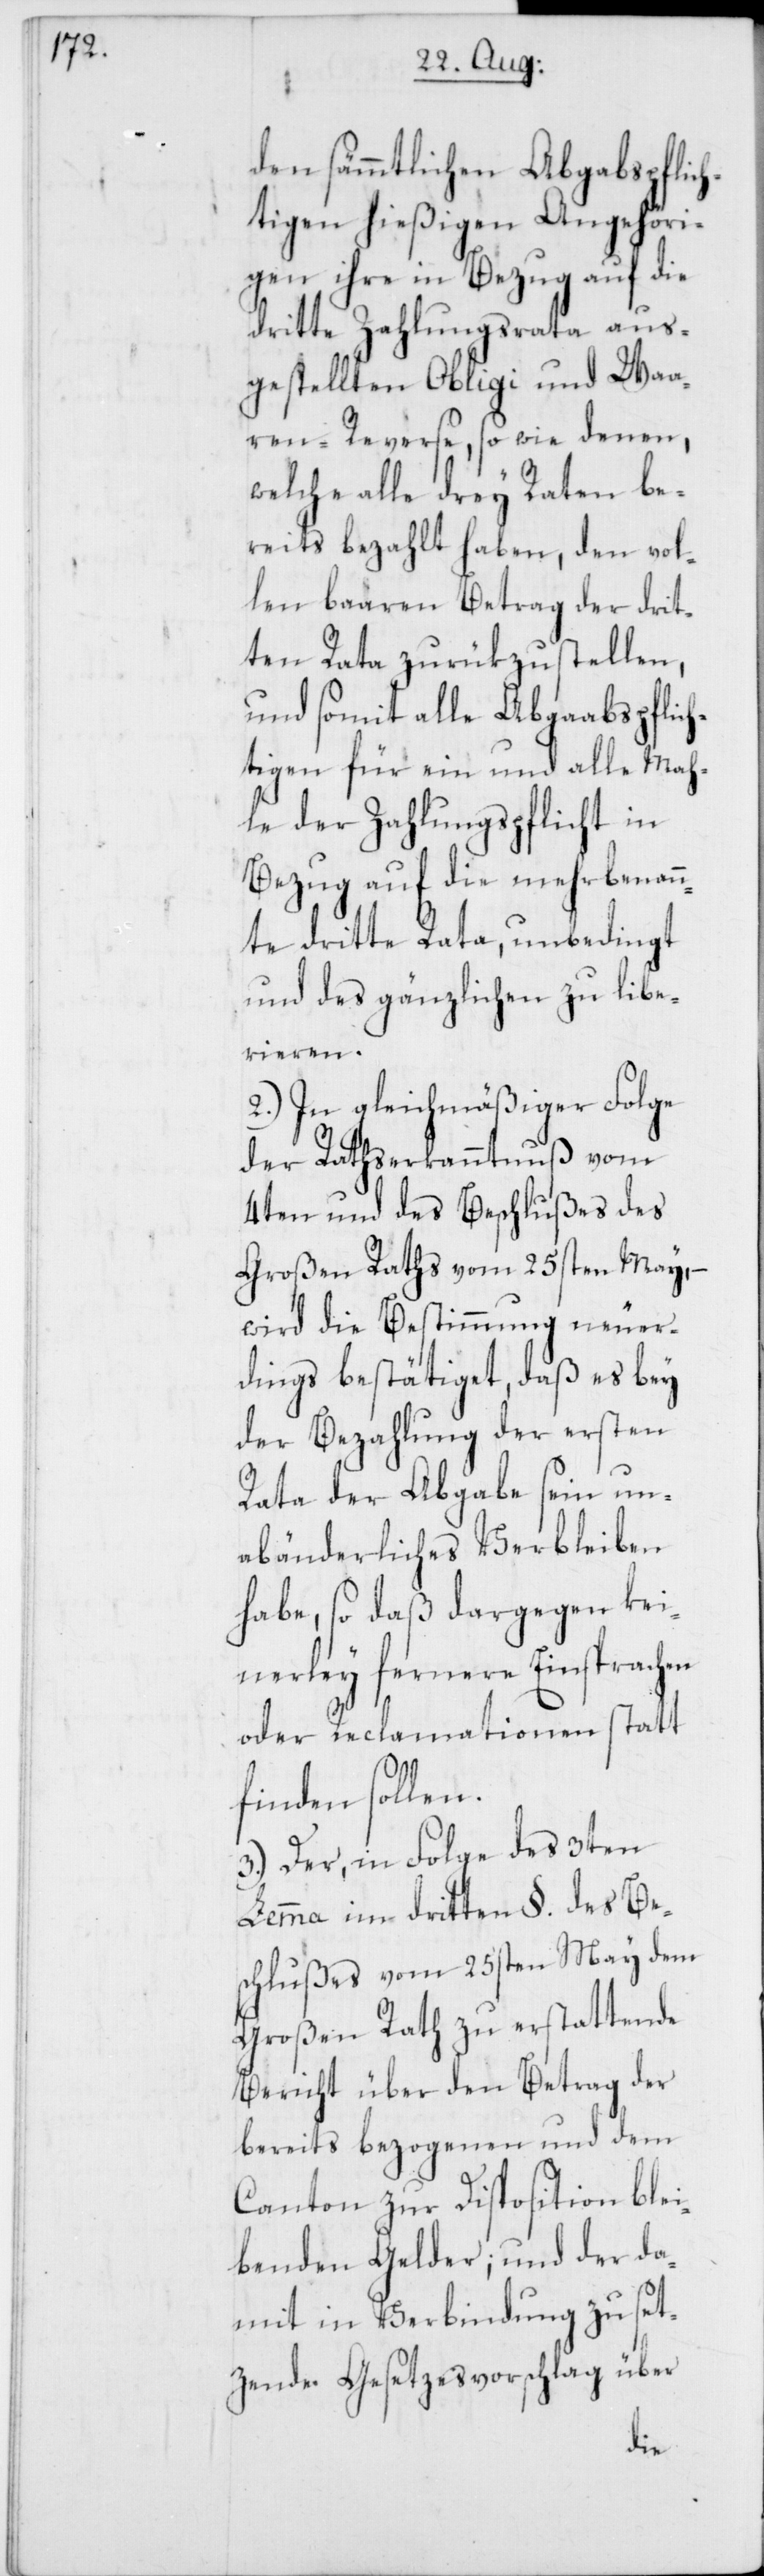
den sämmtlichen Abgabspflic¬
htigen hießigen Angehöri¬
gen ihre in Bezug auf die
dritte Zahlungsrata aus¬
gestellten Obligi und Waa¬
ren-Reserve, so wie denen,
welche alle drey Raten be¬
reits bezahlt haben, den vol¬
len baaren Betrag der drit¬
ten Rata zurükzustellen,
und somit alle Abgaabspflich¬
tigen für ein und alle Mah¬
le der Zahlungspflicht in
Bezug auf die mehrbenann¬
te dritte Rata, unbedingt
und des gänzlichen zu libe¬
rieren.
2.) In gleichmäßiger Folge
der Rathserkanntnuß vom
4ten und des Beschlußes des
Großen Raths vom 25sten May,
wird die Bestimmung neuer¬
dings bestätiget, daß es bey
der Bezahlung der ersten
Rata der Abgabe sein un¬
abänderliches Verbleiben
habe, so daß dargegen kei¬
nerley fernere Einsprachen
oder Reclamationen statt
finden sollen.
3.) Der, in Folge des 3ten
Lemma im dritten §. des Bes¬
chlußes vom 25sten May dem
Großen Rath zu erstattende
Bericht über den Betrag der
bereits bezogenen und dem
Canton zur Disposition blei¬
benden Gelder, und der dar¬
mit in Verbindung zu set¬
zende Gesetzesvorschlag über